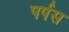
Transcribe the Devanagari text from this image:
पर्पस